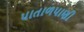
પાતાળપાણી